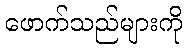
ဖောက်သည်များကို